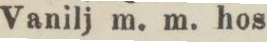
Vanilj m. m. hos